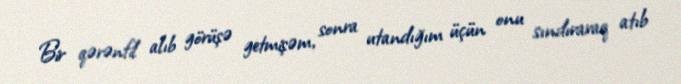
Bir qərənfil alıb görüşə getmişəm, sonra utandığım üçün onu sındıraraq atıb